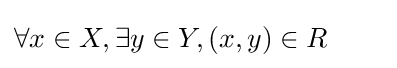
\forall x\in X,\exists y\in Y,\left(x,y\right)\in R\qquad